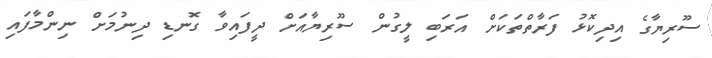
ސޫރިޔާގެ އިދިކޮޅު ފަރާތްތަކަށް އަރަބި ލީގުން ސޫރިޔާއަށް ދީފައިވާ ގޮނޑި ދިނުމަށް ނިންމާފައި